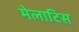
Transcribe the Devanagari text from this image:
मेलाटिस